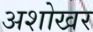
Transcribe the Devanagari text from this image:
अशोखर